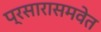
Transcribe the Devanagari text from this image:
प्रसारासमवेत